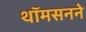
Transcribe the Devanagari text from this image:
थॉमसनने